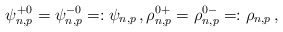
\begin{align*} \psi^{+0}_{n,p}= \psi^{-0}_{n,p}=: \psi_{n,p}\,,\rho^{0+}_{n,p}= \rho^{0-}_{n,p}=: \rho_{n,p}\,,\end{align*}